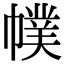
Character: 幞